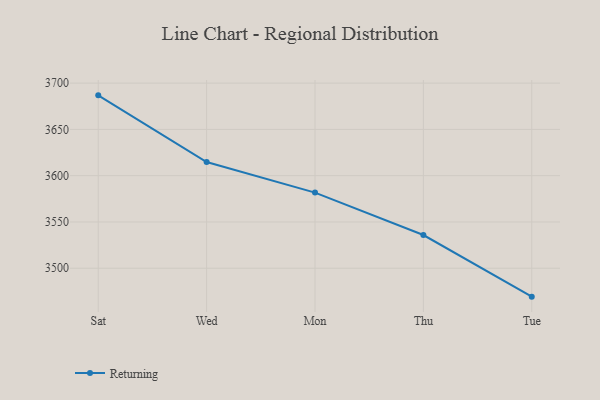
{"axis": {"x": "Day", "y": "Net Income (USD K)"}, "legend": ["Returning"], "data": [{"x": "Sat", "y": 3686.8, "type": "Returning"}, {"x": "Wed", "y": 3614.7, "type": "Returning"}, {"x": "Mon", "y": 3581.7, "type": "Returning"}, {"x": "Thu", "y": 3535.9, "type": "Returning"}, {"x": "Tue", "y": 3469.3, "type": "Returning"}]}